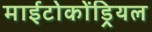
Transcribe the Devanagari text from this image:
माईटोकोंड्रियल